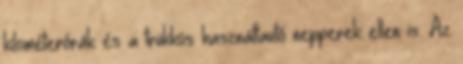
kilométerórák és a trükkös használtautó nepperek ellen is. Az